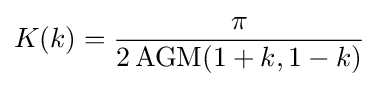
K(k)={\frac {\pi }{2\operatorname {AGM} (1+k,1-k)}}